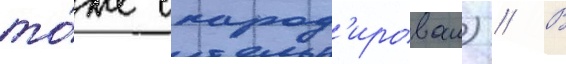
то́же спарод'ировал) // В